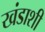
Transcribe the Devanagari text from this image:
खंडाशी